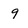
Character: 9